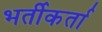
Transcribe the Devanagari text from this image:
भर्तीकर्ता